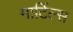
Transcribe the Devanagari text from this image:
मार्टिल्स